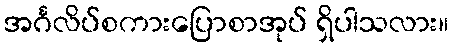
အင်္ဂလိပ်စကားပြောစာအုပ် ရှိပါသလား။